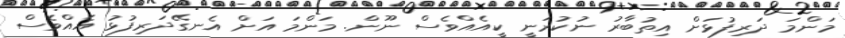
މަންމަ ދަރިފުޅަށް އިތުބާރު ނުކުރަނީ ކީއެއްވެސް ނޫން. މަންމަ އަށް އެނގޭދަރިފުޅު އެއްވެސް